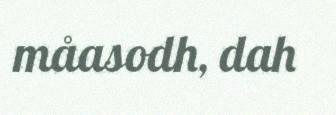
måasodh, dah